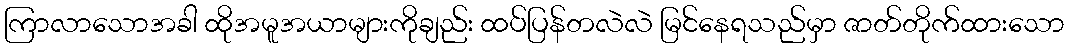
ကြာလာသောအခါ ထိုအမူအယာများကိုချည်း ထပ်ပြန်တလဲလဲ မြင်နေရသည်မှာ ဇာတ်တိုက်ထားသော